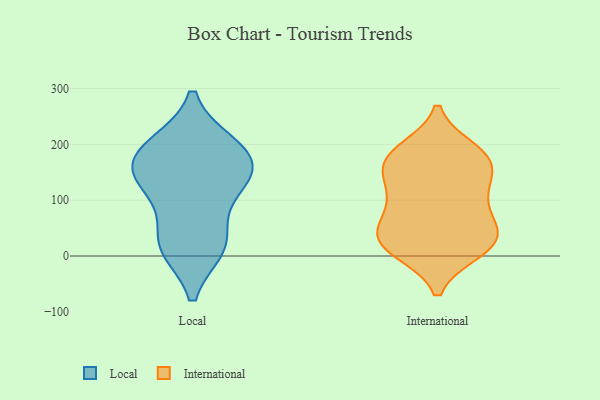
{"axis": {"x": "Latency (ms)", "y": "Value"}, "legend": ["International", "Local"], "data": [{"x": "", "y": 118, "type": "Local"}, {"x": "", "y": 198, "type": "Local"}, {"x": "", "y": 154, "type": "Local"}, {"x": "", "y": 156, "type": "Local"}, {"x": "", "y": 124, "type": "Local"}, {"x": "", "y": 177, "type": "Local"}, {"x": "", "y": 197, "type": "Local"}, {"x": "", "y": 17, "type": "Local"}, {"x": "", "y": 27, "type": "Local"}, {"x": "", "y": 20, "type": "Local"}, {"x": "", "y": 176, "type": "International"}, {"x": "", "y": 10, "type": "International"}, {"x": "", "y": 20, "type": "International"}, {"x": "", "y": 189, "type": "International"}, {"x": "", "y": 54, "type": "International"}, {"x": "", "y": 109, "type": "International"}, {"x": "", "y": 33, "type": "International"}, {"x": "", "y": 46, "type": "International"}, {"x": "", "y": 66, "type": "International"}, {"x": "", "y": 183, "type": "International"}, {"x": "", "y": 116, "type": "International"}, {"x": "", "y": 13, "type": "International"}, {"x": "", "y": 173, "type": "International"}, {"x": "", "y": 106, "type": "International"}, {"x": "", "y": 158, "type": "International"}, {"x": "", "y": 154, "type": "International"}, {"x": "", "y": 21, "type": "International"}]}